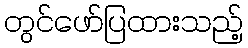
တွင်ဖော်ပြထားသည့်